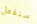
سنفعل